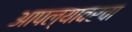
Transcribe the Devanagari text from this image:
आपल्यावरचा